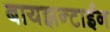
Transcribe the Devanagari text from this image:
बायझन्टाईन